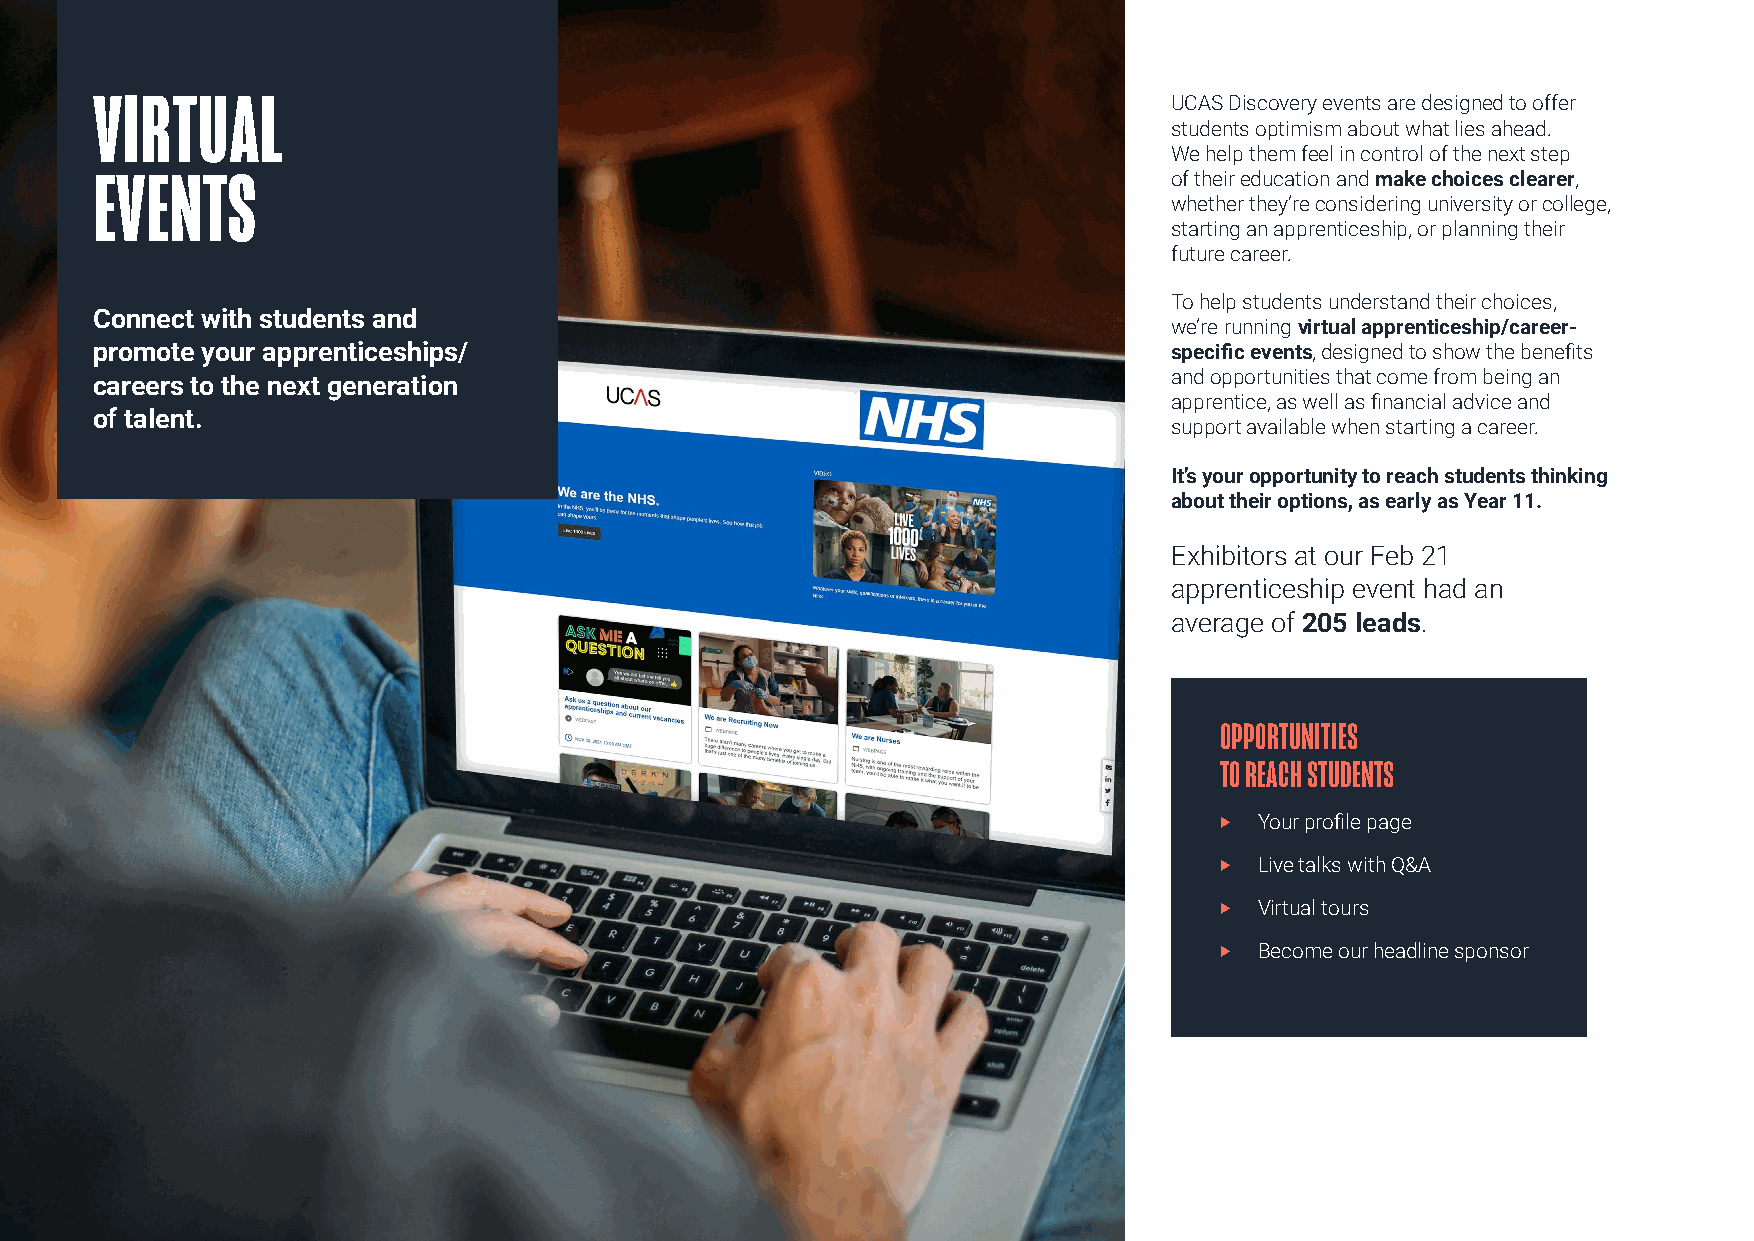
VIRTUAL                                                                 UCAS Discovery events are designed to offer
 students optimism about what lies ahead.
 We help them feel in control of the next step
 EVENTS                                                                  of their education and make choices clearer,
 whether they’re considering university or college,
 starting an apprenticeship, or planning their
 future career.
 To help students understand their choices,
 Connect with students and
 we’re running virtual apprenticeship/career-
 promote your apprenticeships/                                           specific events, designed to show the benefits
 careers to the next generation                                          and opportunities that come from being an
 apprentice, as well as financial advice and
 of talent.
 support available when starting a career.
 It’s your opportunity to reach students thinking
 about their options, as early as Year 11.
 Exhibitors at our Feb 21
 apprenticeship event had an
 average of 205 leads.
 OPPORTUNITIES
 TO REACH STUDENTS
 ‣ Your profile page
 ‣ Live talks with Q&A
 ‣ Virtual tours
 ‣ Become our headline sponsor